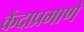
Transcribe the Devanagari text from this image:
केंदाप्रमाणे